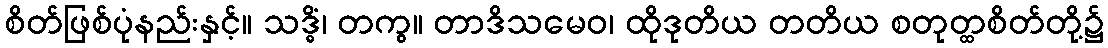
စိတ်ဖြစ်ပုံနည်းနှင့်။ သဒ္ဓိံ၊ တကွ။ တာဒိသမေဝ၊ ထိုဒုတိယ တတိယ စတုတ္ထစိတ်တို့၌